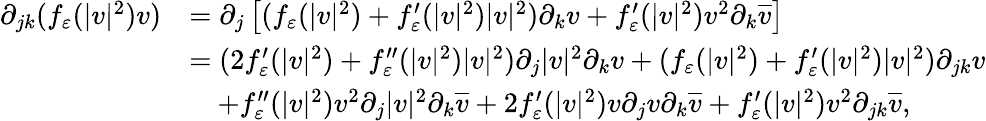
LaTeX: \begin{array}{rl}{\partial_{jk}(f_{\varepsilon}(|v|^{2})v)}&{=\partial_{j}\left[(f_{\varepsilon}(|v|^{2})+f_{\varepsilon}^{\prime}(|v|^{2})|v|^{2})\partial_{k}v+f_{\varepsilon}^{\prime}(|v|^{2})v^{2}\partial_{k}\overline{{v}}\right]}\\ &{=(2f_{\varepsilon}^{\prime}(|v|^{2})+f_{\varepsilon}^{\prime\prime}(|v|^{2})|v|^{2})\partial_{j}|v|^{2}\partial_{k}v+(f_{\varepsilon}(|v|^{2})+f_{\varepsilon}^{\prime}(|v|^{2})|v|^{2})\partial_{jk}v}\\ &{\quad+f_{\varepsilon}^{\prime\prime}(|v|^{2})v^{2}\partial_{j}|v|^{2}\partial_{k}\overline{{v}}+2f_{\varepsilon}^{\prime}(|v|^{2})v\partial_{j}v\partial_{k}\overline{{v}}+f_{\varepsilon}^{\prime}(|v|^{2})v^{2}\partial_{jk}\overline{{v}},}\end{array}